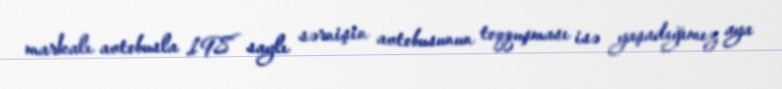
markalı avtobusla 198 saylı sərnişin avtobusunun toqquşması isə yaşadığımız aya